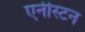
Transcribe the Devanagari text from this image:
एनीस्टन